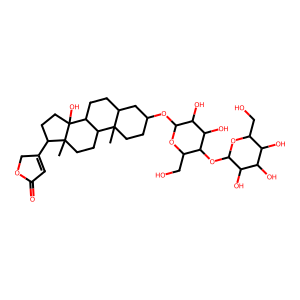
SMILES: CC12CCC(OC3OC(CO)C(OC4OC(CO)C(O)C(O)C4O)C(O)C3O)CC1CCC1C2CCC2(C)C(C3=CC(=O)OC3)CCC12O
Inhibits HIV replication: No